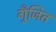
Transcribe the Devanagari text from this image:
गुँजित